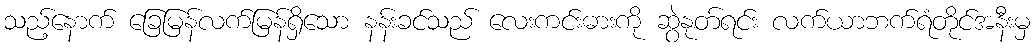
သည့်နောက် ခြေမြန်လက်မြန်ရှိသော နန်းခင်သည် လေးကင်းဓားကို ဆွဲနုတ်ရင်း လက်ယာဘက်ရံတိုင်အနီးမှ